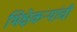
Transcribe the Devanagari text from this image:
भिक्षेकऱ्यांची